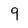
Character: 9